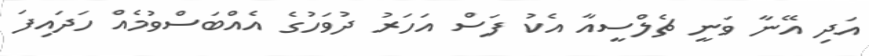
އަދި އޭނާ ވަނީ ޗެލްސީއާ އެކު ފަސް އަހަރު ދުވަހުގެ އެއްބަސްވުމެއް ހަދައިފަ